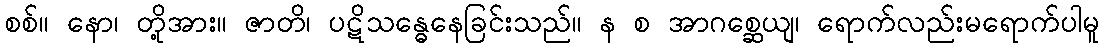
စစ်။ နော၊ တို့အား။ ဇာတိ၊ ပဋိသန္ဓေနေခြင်းသည်။ န စ အာဂစ္ဆေယျ၊ ရောက်လည်းမရောက်ပါမူ